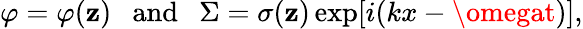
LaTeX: \varphi=\varphi(\mathbf{z})\ \ \ \mathrm{{and}}\ \ \ \Sigma=\sigma(\mathbf{z})\exp[i(kx-\omegat)],